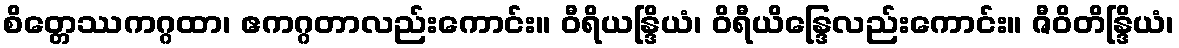
စိတ္တေဿကဂ္ဂထာ၊ ဧကဂ္ဂတာလည်းကောင်း။ ဝီရိယန္ဒြိယံ၊ ဝိရီယိန္ဒြေလည်းကောင်း။ ဇီဝိတိန္ဒြိယံ၊